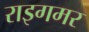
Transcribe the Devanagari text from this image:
राइगमर